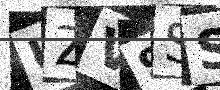
Text: UZV9SS